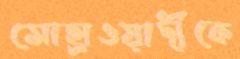
সোহ্রাওয়ার্দীকে